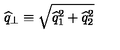
\widehat { q } _ { \perp } \equiv \sqrt { \widehat { q } _ { 1 } ^ { 2 } + \widehat { q } _ { 2 } ^ { 2 } }